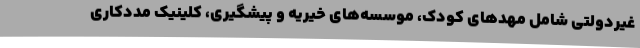
غیردولتی شامل مهدهای کودک، موسسه‌های خیریه و پیشگیری، کلینیک مددکاری